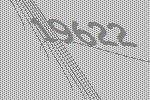
19622